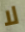
لا